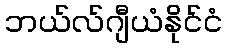
ဘယ်လ်ဂျီယံနိုင်ငံ